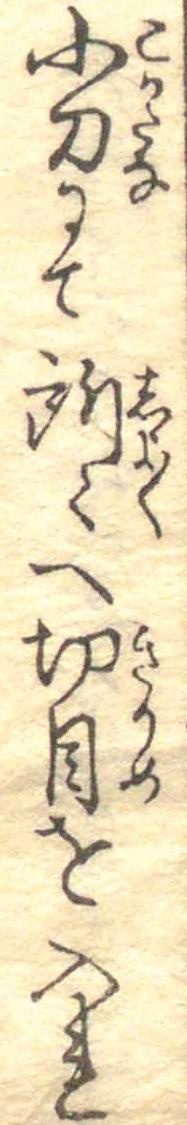
小刀にて所々へ切目を入れ